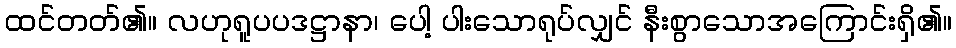
ထင်တတ်၏။ လဟုရူပပဒဋ္ဌာနာ၊ ပေါ့ ပါးသောရုပ်လျှင် နီးစွာသောအကြောင်းရှိ၏။